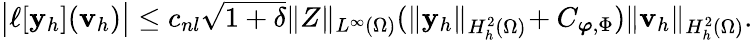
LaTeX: \begin{array}{r}{\big|\ell[{\mathbf{y}_{h}}](\mathbf{v}_{h})\big|\leq c_{nl}\sqrt{1+\delta}\| Z\| _{L^{\infty}(\Omega)}(\| {\mathbf{y}_{h}}\| _{H_{h}^{2}(\Omega)}\! +C_{\boldsymbol{\varphi},\Phi})\| \mathbf{v}_{h}\| _{H_{h}^{2}(\Omega)}.}\end{array}